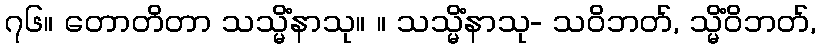
၇၆။ တောတိတာ သသ္မိံနာသု။ ။ သသ္မိံနာသု- သဝိဘတ်, သ္မိံဝိဘတ်,